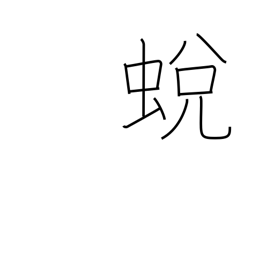
Meaning: insect moulting